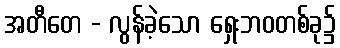
အတီတေ - လွန်ခဲ့သော ရှေးဘဝတစ်ခု၌